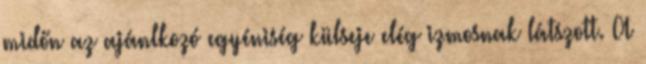
midőn az ajánlkozó egyéniség külseje elég izmosnak látszott. A